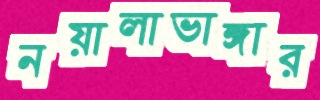
নয়ালাভাঙ্গার